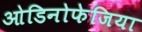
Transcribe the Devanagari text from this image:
ओडिनोफेजिया